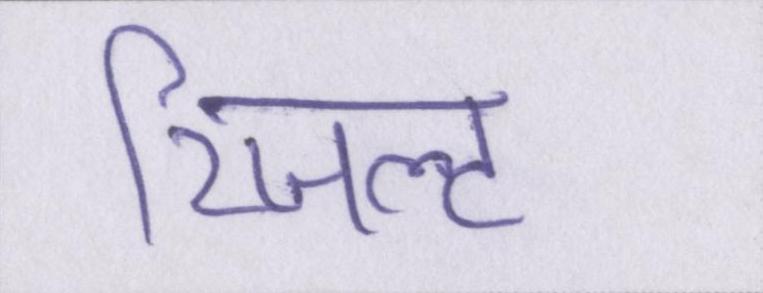
रिजल्ट